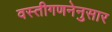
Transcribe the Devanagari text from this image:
वस्तीगणनेनुसार